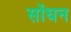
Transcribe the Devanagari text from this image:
सोंधन